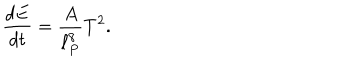
LaTeX: { \frac { d E } { d t } } = \frac { A } { \ell _ { P } ^ { 8 } } T ^ { 2 } .